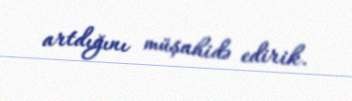
artdığını müşahidə edirik.